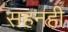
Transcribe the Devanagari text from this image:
सहनही